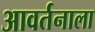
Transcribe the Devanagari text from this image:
आवर्तनाला